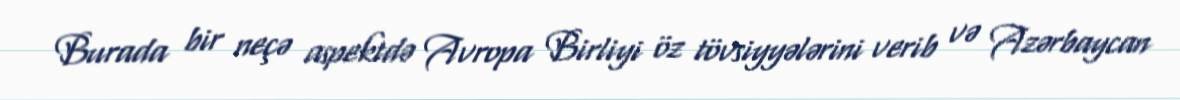
Burada bir neçə aspektdə Avropa Birliyi öz tövsiyyələrini verib və Azərbaycan